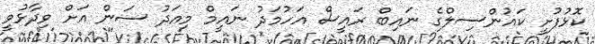
ކޮޅުފުށީ ކައުންސިލްގެ ނައިބް ރައީސް އަހުމަދު ނައީމް މިއަދު ސަން އަށް ވިދާޅުވީ